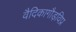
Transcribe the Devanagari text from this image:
वैदिकागौड़विप्र